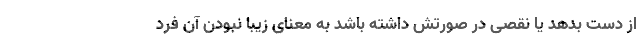
از دست بدهد یا نقصی در صورتش داشته باشد به معنای زیبا نبودن آن فرد